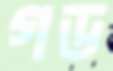
গড